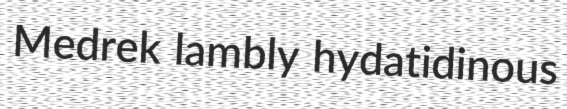
Medrek lambly hydatidinous